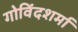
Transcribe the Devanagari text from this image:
गोविंदशर्मा